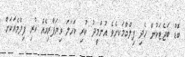
ބޮޑު ބަޖެޓަކުން ހެދި ފިލްމްމަކށެވެ އުންމީދު ކުރި ކަހަލަ ވިޔަފާރިއެއް ކުރި ފިލްމެއަކަށް.